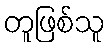
တူဖြစ်သူ